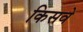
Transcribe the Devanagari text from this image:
किसवे